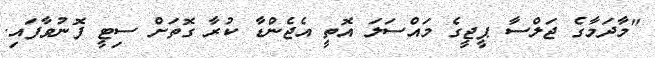
"މާދަމާގެ ޖަލްސާ ޕީޖީގެ މައްސަލަ އޮތީ އެޖެންޑާ ކުރާ ގޮތަށް ސިޓީ ފޮނުވާފައި.